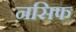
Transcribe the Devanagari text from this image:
नसिफ